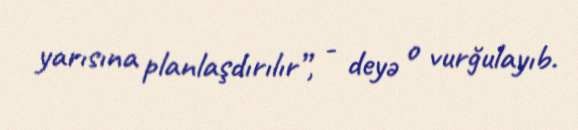
yarısına planlaşdırılır”, - deyə o vurğulayıb.